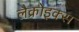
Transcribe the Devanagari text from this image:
लैक्रोइक्स